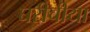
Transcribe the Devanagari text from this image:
घरीचीया